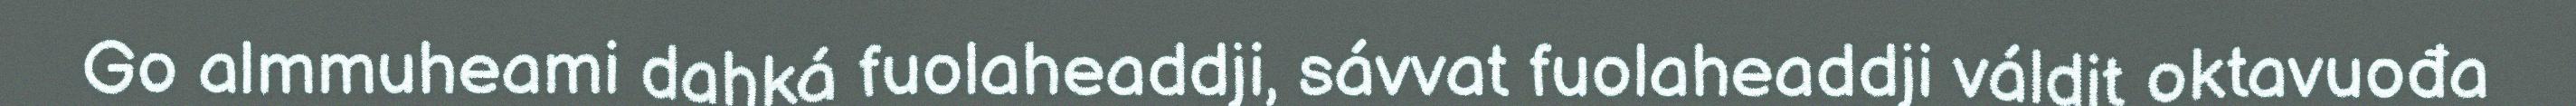
Go almmuheami dahká fuolaheaddji, sávvat fuolaheaddji váldit oktavuođa